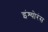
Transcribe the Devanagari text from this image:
इंश्योरंस